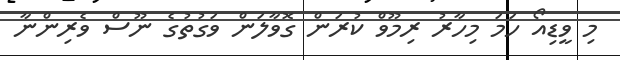
މި ވީޑިއޯ ހަމަ މިހާރު ރިމޫވް ކުރަން ގޮވާލަން ވަގުތުގެ ނޫސް ވެރިންނާ